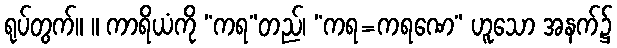
ရုပ်တွက်။ ။ ကာရိယံကို “ကရ”တည်၊ “ကရ=ကရဏေ” ဟူသော အနက်၌